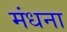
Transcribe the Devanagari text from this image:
मंधना